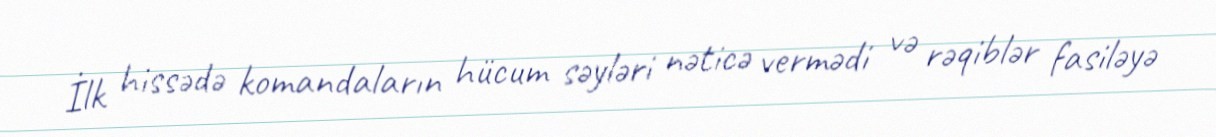
İlk hissədə komandaların hücum səyləri nəticə vermədi və rəqiblər fasiləyə